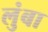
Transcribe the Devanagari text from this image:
लुंबा